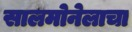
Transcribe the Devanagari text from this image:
सालमोनेलाचा